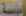
المؤسسة